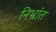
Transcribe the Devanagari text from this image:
निभ्रांत